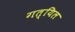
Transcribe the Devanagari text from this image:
गत्यिल